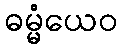
ဓမ္မံယေဝ